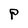
Character: P